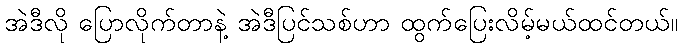
အဲဒီလို ပြောလိုက်တာနဲ့ အဲဒီပြင်သစ်ဟာ ထွက်ပြေးလိမ့်မယ်ထင်တယ်။